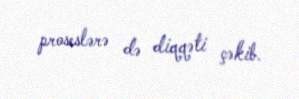
proseslərə də diqqəti çəkib.